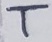
Text: T